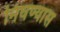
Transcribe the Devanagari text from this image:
निघण्यास